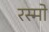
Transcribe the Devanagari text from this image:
रस्मो